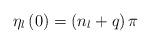
LaTeX: \begin{align*}\eta_l\left(0\right)=\left(n_l+q\right)\pi\end{align*}